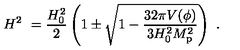
H ^ { 2 } \ = { \frac { H _ { 0 } ^ { 2 } } { 2 } } \left( 1 \pm \sqrt { 1 - { \frac { 3 2 \pi V ( \phi ) } { 3 H _ { 0 } ^ { 2 } M _ { \mathrm { p } } ^ { 2 } } } } \right) \ .